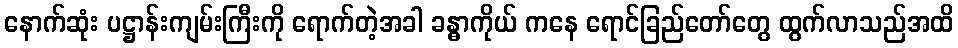
နောက်ဆုံး ပဋ္ဌာန်းကျမ်းကြီးကို ရောက်တဲ့အခါ ခန္ဓာကိုယ် ကနေ ရောင်ခြည်တော်တွေ ထွက်လာသည်အထိ